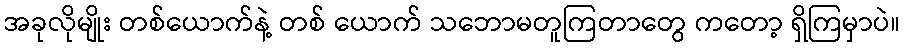
အခုလိုမျိုး တစ်ယောက်နဲ့ တစ် ယောက် သဘောမတူကြတာတွေ ကတော့ ရှိကြမှာပဲ။